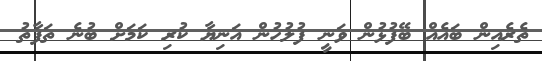
ތެރެއިން ބައެއް ބޭފުޅުން ވަނީ ފުލުހުން އަނިޔާ ކުރި ކަމަށް ބުނެ ތަފާތު